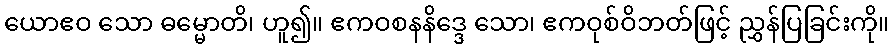
ယောဧဝ သော ဓမ္မောတိ၊ ဟူ၍။ ဧကဝစနနိဒ္ဒေ သော၊ ဧကဝုစ်ဝိဘတ်ဖြင့် ညွှန်ပြခြင်းကို။